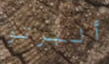
ألبرتو